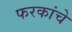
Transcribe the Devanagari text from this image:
फरकांचे